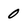
Character: 0